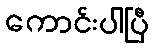
ကောင်းပါပြီ